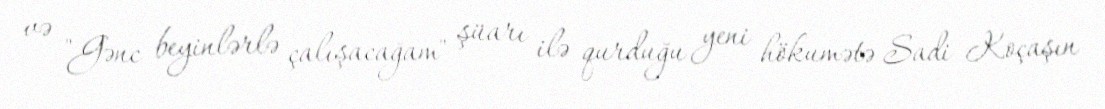
və "Gənc beyinlərlə çalışacağam" şüarı ilə qurduğu yeni hökumətə Sadi Koçaşın